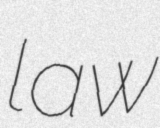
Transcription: law